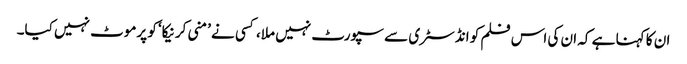
ان کا کہنا ہے کہ ان کی اس فلم کو انڈسٹری سے سپورٹ نہیں ملا، کسی نے ’منی کرنیکا‘ کو پرموٹ نہیں کیا۔